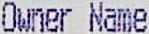
OWNER NAME